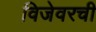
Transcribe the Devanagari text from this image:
विजेवरची